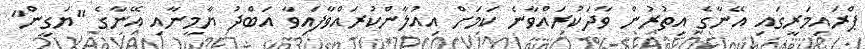
ޕްރައިމަރީގައި އޭނާގެ އިތުރުން ވާދަކުރައްވާނެ ކަމަށް އިއުލާންކުރައްވާފައިވާ އަބްދު ޔާމީނާއި އޭނާގެ "ޔަގީން"